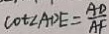
\cot \angle A D E = \frac { A D } { A F }